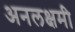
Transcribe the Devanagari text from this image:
अनलक्षमी